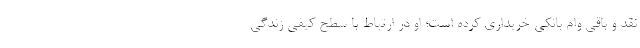
نقد و باقی وام بانکی خریداری کرده است؛ او در ارتباط با سطح کیفی زندگی